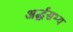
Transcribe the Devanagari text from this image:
अर्द्धसभ्य